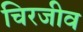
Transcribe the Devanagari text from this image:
चिरजीव